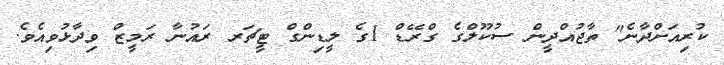
ކުރިއަށްދާނެ" ތާޖުއްދީން ސުކޫލްގެ ގްރޭޑް 1ގެ ލީޑިންގް ޓީޗަރ ރައުނާ ރަމީޒް ވިދާޅުވިއެވެ.